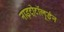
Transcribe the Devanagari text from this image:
नाइट्रोटॉलूईन